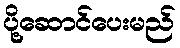
ပို့ဆောင်ပေးမည်